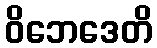
ဝိဘေဒေတိ